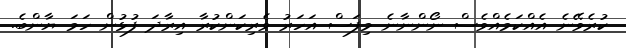
ކުރެވޭނެ އެއްކަމެއްވެސް ނޯންނާނެ މިފަސް އަހަރު ވެރިކަންކުރާ އިރާދަ ފުޅުން ހަމަ ޔާންބެ.